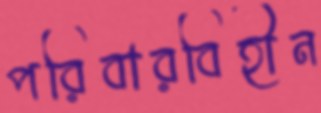
পরিবারবিহীন